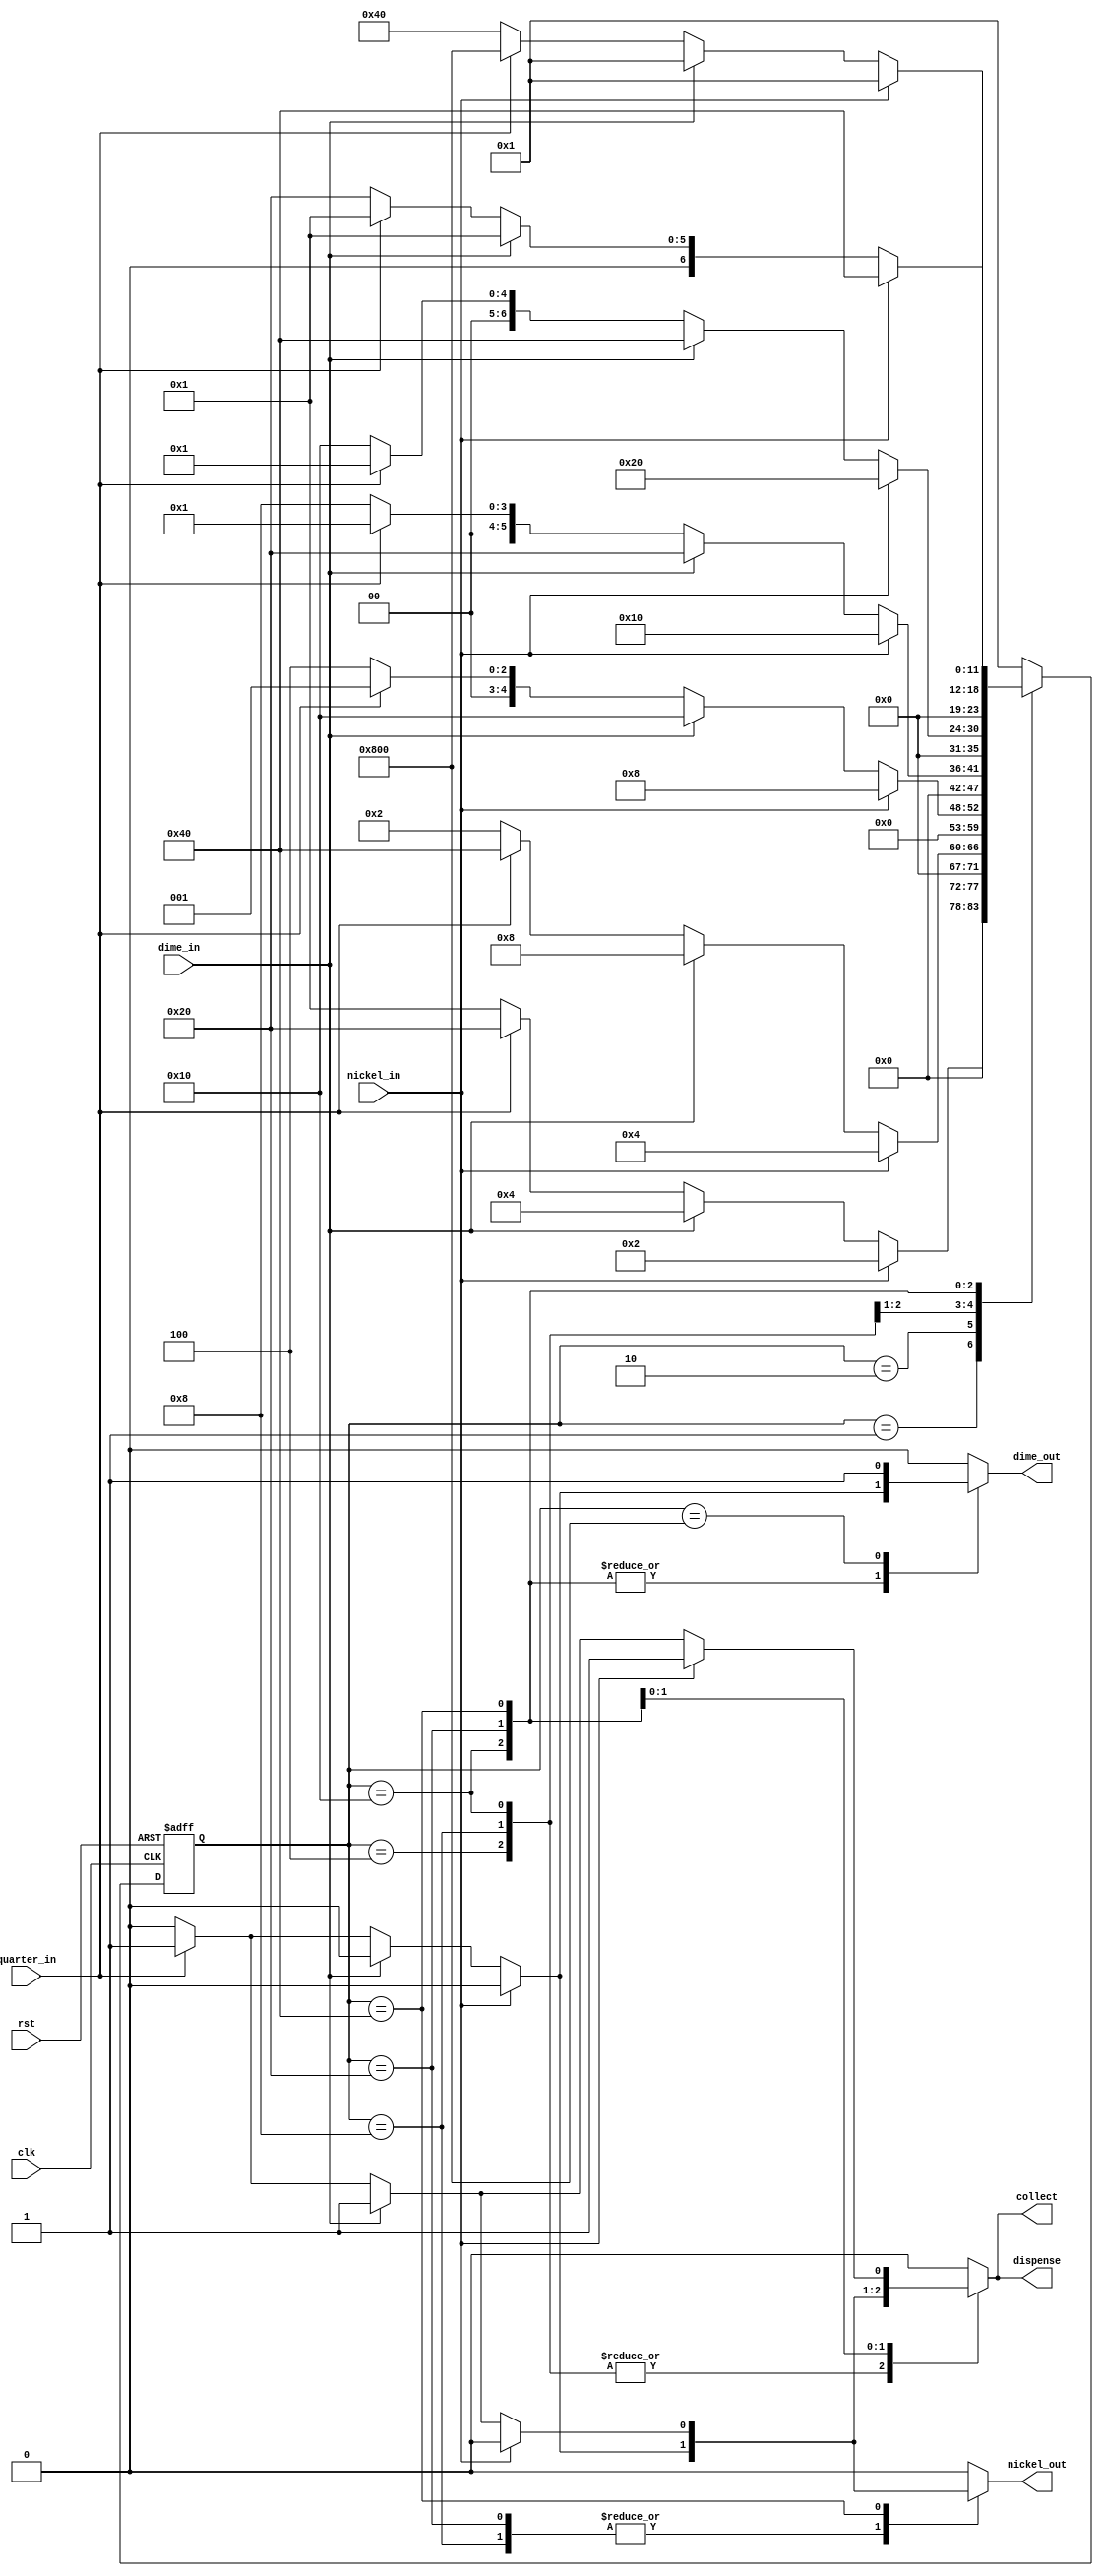
`timescale 1ns / 1ps
//////////////////////////////////////////////////////////////////////////////////
// Company: 
// Engineer: 
// 
// Design Name: 
// Module Name: Vending_machine
// Project Name: 
// Target Devices: 
// Tool Versions: 
// Description: 
// 
// Dependencies: 
// 
// Revision:
// Revision 0.01 - File Created
// Additional Comments:
// 
//////////////////////////////////////////////////////////////////////////////////


module Vending_machine(
    input nickel_in,
    input dime_in,
    input quarter_in,
    input clk,
    input rst,
    output reg collect,
    output reg nickel_out,
    output reg dime_out,
    output reg dispense
    );
    
    reg[11:0] current_state, next_state ;
    
    localparam S0 = 12'b0000_0000_0001,
               S5 = 12'b0000_0000_0010,
               S10 = 12'b0000_0000_0100,
               S15 = 12'b0000_0000_1000,
               S20 = 12'b0000_0001_0000,
               S25 = 12'b0000_0010_0000,
               S30 = 12'b0000_0100_0000,
               S35 = 12'b0000_1000_0000,
               S40 = 12'b0001_0000_0000,
               S45 = 12'b0010_0000_0000,
               S50 = 12'b0100_0000_0000,
               S55 = 12'b1000_0000_0000;
               
    always @(posedge clk or posedge rst)
                    if (rst) begin
                        current_state <= S0;
                    end else begin 
                        current_state <= next_state;
                    end               

/****    
    always @(nickel_in or dime_in or quarter_in)
        case(current_state)
            S0: if ( nickel_in == 1 )           begin next_state = S5; { collect, nickel_out, dime_out, dispense } = 4'b0000; end
                else if ( dime_in == 1 )        begin next_state = S10; { collect, nickel_out, dime_out, dispense } = 4'b0000; end
                else if ( quarter_in == 1 )     begin next_state = S25; { collect, nickel_out, dime_out, dispense } = 4'b0000; end
                else begin                            next_state = S0; { collect, nickel_out, dime_out, dispense } = 4'b0000; end
                
            S5: if ( nickel_in == 1 )           begin next_state = S10; { collect, nickel_out, dime_out, dispense } = 4'b0000; end
                else if ( dime_in == 1 )        begin next_state = S15; { collect, nickel_out, dime_out, dispense } = 4'b0000; end
                else if ( quarter_in == 1 )     begin next_state = S30; { collect, nickel_out, dime_out, dispense } = 4'b0000; end
                else begin                            next_state = S5; { collect, nickel_out, dime_out, dispense } = 4'b0000; end

            S10: if ( nickel_in == 1 )           begin next_state = S15; { collect, nickel_out, dime_out, dispense } = 4'b0000; end
                 else if ( dime_in == 1 )        begin next_state = S20; { collect, nickel_out, dime_out, dispense } = 4'b0000; end
                 else if ( quarter_in == 1 )     begin next_state = S35; { collect, nickel_out, dime_out, dispense } = 4'b1001; end
                 else begin                            next_state = S10; { collect, nickel_out, dime_out, dispense } = 4'b0000; end 

            S15: if ( nickel_in == 1 )           begin next_state = S20; { collect, nickel_out, dime_out, dispense } = 4'b0000; end
                 else if ( dime_in == 1 )        begin next_state = S25; { collect, nickel_out, dime_out, dispense } = 4'b0000; end
                 else if ( quarter_in == 1 )     begin next_state = S40; { collect, nickel_out, dime_out, dispense } = 4'b1101; end
                 else begin                            next_state = S15; { collect, nickel_out, dime_out, dispense } = 4'b0000; end
            
            S20: if ( nickel_in == 1 )           begin next_state = S25; { collect, nickel_out, dime_out, dispense } = 4'b0000; end
                 else if ( dime_in == 1 )        begin next_state = S30; { collect, nickel_out, dime_out, dispense } = 4'b0000; end
                 else if ( quarter_in == 1 )     begin next_state = S45; { collect, nickel_out, dime_out, dispense } = 4'b1011; end
                 else begin                            next_state = S20; { collect, nickel_out, dime_out, dispense } = 4'b0000; end                                               

            S25: if ( nickel_in == 1 )           begin next_state = S30; { collect, nickel_out, dime_out, dispense } = 4'b0000; end
                 else if ( dime_in == 1 )        begin next_state = S35; { collect, nickel_out, dime_out, dispense } = 4'b1001; end
                 else if ( quarter_in == 1 )     begin next_state = S50; { collect, nickel_out, dime_out, dispense } = 4'b1111; end
                 else begin                            next_state = S25; { collect, nickel_out, dime_out, dispense } = 4'b0000; end                       

            S30: if ( nickel_in == 1 )           begin next_state = S35; { collect, nickel_out, dime_out, dispense } = 4'b1001; end
                 else if ( dime_in == 1 )        begin next_state = S40; { collect, nickel_out, dime_out, dispense } = 4'b1101; end
                 else if ( quarter_in == 1 )     begin next_state = S55; { collect, nickel_out, dime_out, dispense } = 4'b1111; end
                 else begin                            next_state = S30; { collect, nickel_out, dime_out, dispense } = 4'b0000; end

            S35: next_state = S0;
            S40: next_state = S0;
            S45: next_state = S0;
            S50: next_state = S0;
            S55: begin next_state = S0; { collect, nickel_out, dime_out, dispense } = 4'b0010; end
            
default: begin  next_state = S0; { collect, nickel_out, dime_out, dispense } = 4'b0000; end
endcase
****/
    always @(nickel_in or dime_in or quarter_in)
        begin
        { collect, nickel_out, dime_out, dispense } = 4'b0000;
        case(current_state)
            S0: if ( nickel_in == 1 )           begin next_state = S5;   end
                else if ( dime_in == 1 )        begin next_state = S10;  end
                else if ( quarter_in == 1 )     begin next_state = S25;  end
                else begin                            next_state = S0;   end
            
            S5: if ( nickel_in == 1 )           begin next_state = S10;   end
                else if ( dime_in == 1 )        begin next_state = S15;  end
                else if ( quarter_in == 1 )     begin next_state = S30;  end
                else begin                            next_state = S5;   end
            
            S10: if ( nickel_in == 1 )           begin next_state = S15;   end
                 else if ( dime_in == 1 )        begin next_state = S20;  end
                 else if ( quarter_in == 1 )     begin next_state = S0;  { collect, nickel_out, dime_out, dispense } = 4'b1001; end
                 else begin                            next_state = S10;   end            
                                
            
            S15: if ( nickel_in == 1 )           begin next_state = S20;   end
                 else if ( dime_in == 1 )        begin next_state = S25;  end
                 else if ( quarter_in == 1 )     begin next_state = S0;  { collect, nickel_out, dime_out, dispense } = 4'b1101; end
                 else begin                            next_state = S15;   end
            
            S20: if ( nickel_in == 1 )           begin next_state = S25;   end
                 else if ( dime_in == 1 )        begin next_state = S30;  end
                 else if ( quarter_in == 1 )     begin next_state = S0;  { collect, nickel_out, dime_out, dispense } = 4'b1011; end
                 else begin                            next_state = S20;   end
           
           S25: if ( nickel_in == 1 )           begin next_state = S30;   end
                else if ( dime_in == 1 )        begin next_state = S0;  { collect, nickel_out, dime_out, dispense } = 4'b1001; end
                else if ( quarter_in == 1 )     begin next_state = S0;  { collect, nickel_out, dime_out, dispense } = 4'b1111; end
                else begin                            next_state = S25;   end
                
           S30: if ( nickel_in == 1 )           begin next_state = S0;   { collect, nickel_out, dime_out, dispense } = 4'b1001; end
                else if ( dime_in == 1 )        begin next_state = S0;  { collect, nickel_out, dime_out, dispense } = 4'b1101; end
                else if ( quarter_in == 1 )     begin next_state = S55;  { collect, nickel_out, dime_out, dispense } = 4'b1111; end
                else begin                            next_state = S30;   end
                
//           S35: next_state = S0;
//           S40: next_state = S0;
//           S45: next_state = S0;
//           S50: next_state = S0;  

            S55: begin next_state = S0; { collect, nickel_out, dime_out, dispense } = 4'b0010; end
            
            default: begin next_state = S0; { collect, nickel_out, dime_out, dispense } = 4'b0000; end 
            
            endcase
            
 end                   
                  
endmodule